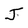
Character: J